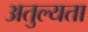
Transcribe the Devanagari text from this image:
अतुल्यता